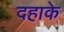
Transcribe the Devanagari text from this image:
दहाके